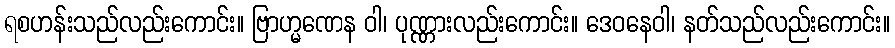
ရစဟန်းသည်လည်းကောင်း။ ဗြာဟ္မဏေန ဝါ၊ ပုဏ္ဏားလည်းကောင်း။ ဒေဝနေဝါ၊ နတ်သည်လည်းကောင်း။